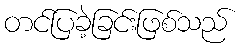
တင်ပြခဲ့ခြင်းဖြစ်သည်